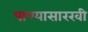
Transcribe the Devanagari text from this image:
पाण्यासारखी